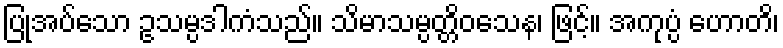
ပြုအပ်သော ဥသမ္ပဒါကံသည်။ သိမာသမ္ပတ္တိဝသေန၊ ဖြင့်။ အကုပ္ပံ ဟောတိ၊